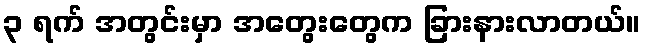
၃ ရက် အတွင်းမှာ အတွေးတွေက ခြားနားလာတယ်။